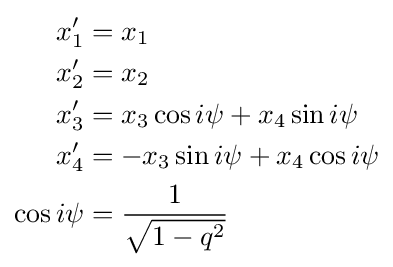
{\begin{aligned}x'_{1}&=x_{1}\\x'_{2}&=x_{2}\\x'_{3}&=x_{3}\cos i\psi +x_{4}\sin i\psi \\x'_{4}&=-x_{3}\sin i\psi +x_{4}\cos i\psi \\\cos i\psi &={\frac {1}{\sqrt {1-q^{2}}}}\end{aligned}}